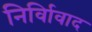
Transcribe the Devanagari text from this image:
निर्विावाद